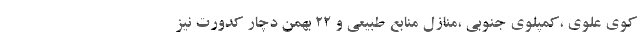
کوی علوی ،کمپلوی جنوبی ،منازل منابع طبیعی و ۲۲ بهمن دچار کدورت نیز